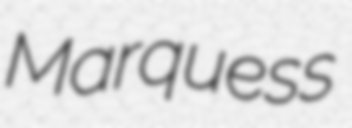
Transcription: Marquess